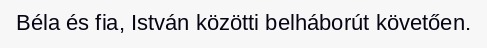
Béla és fia, István közötti belháborút követően.